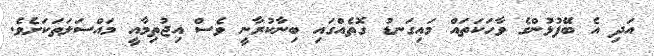
އަދި އެ ބޭފުޅުންގެ ވާހަކަތައް މައިގަނޑު ގޮތެއްގައި ބިނާކުރާނީ ވެސް އިޖުތިމާއީ މައްސަލަތަކަށެވެ.